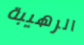
الرهيبة